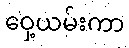
ဝှေ့ယမ်းကာ